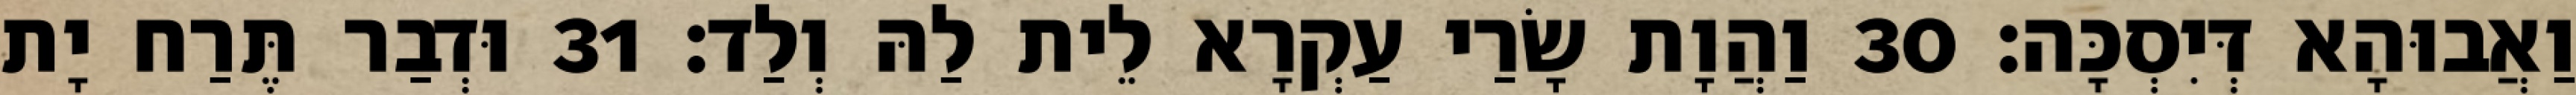
וַאֲבוּהָא דְּיִסְכָּה׃ 30 וַהֲוָת שָׂרַי עַקְרָא לֵית לַהּ וְלַד׃ 31 וּדְבַר תֶּרַח יָת